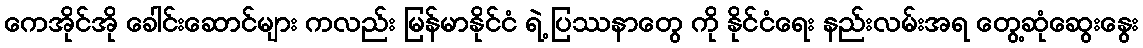
ကေအိုင်အို ခေါင်းဆောင်များ ကလည်း မြန်မာနိုင်ငံ ရဲ့ ပြဿနာတွေ ကို နိုင်ငံရေး နည်းလမ်းအရ တွေ့ဆုံဆွေးနွေး